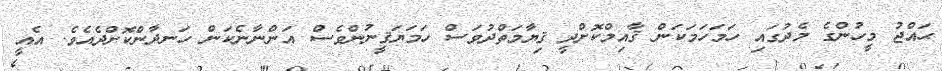
ޙައްޖު މީހުންގެ މެދުގައި ހަމަހަމަކަން ޤާއިމްކޮށްދީ ޤިޔާމަތްދުވަސް ހަމަޔަޤީނުންވެސް އަންނާނެކަން ހަނދާންކޮށްދެއެވެ. އެއީ